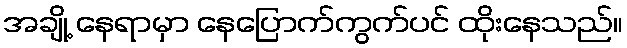
အချို့ နေရာမှာ နေပြောက်ကွက်ပင် ထိုးနေသည်။